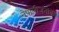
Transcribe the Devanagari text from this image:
नेपालीजनोंके